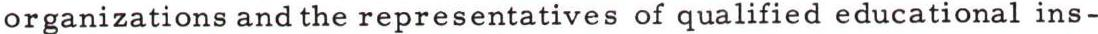
organizations and the representatives of qualified educational ins-